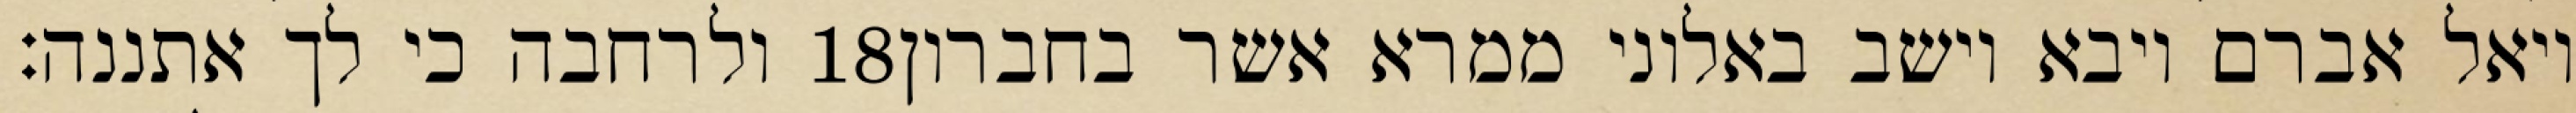
ולרחבה כי לך אתננה׃ ‎18‏ ויאל אברם ויבא וישב באלוני ממרא אשר בחברון